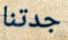
جدتنا